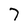
Character: 7